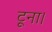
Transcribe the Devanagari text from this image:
टूना।